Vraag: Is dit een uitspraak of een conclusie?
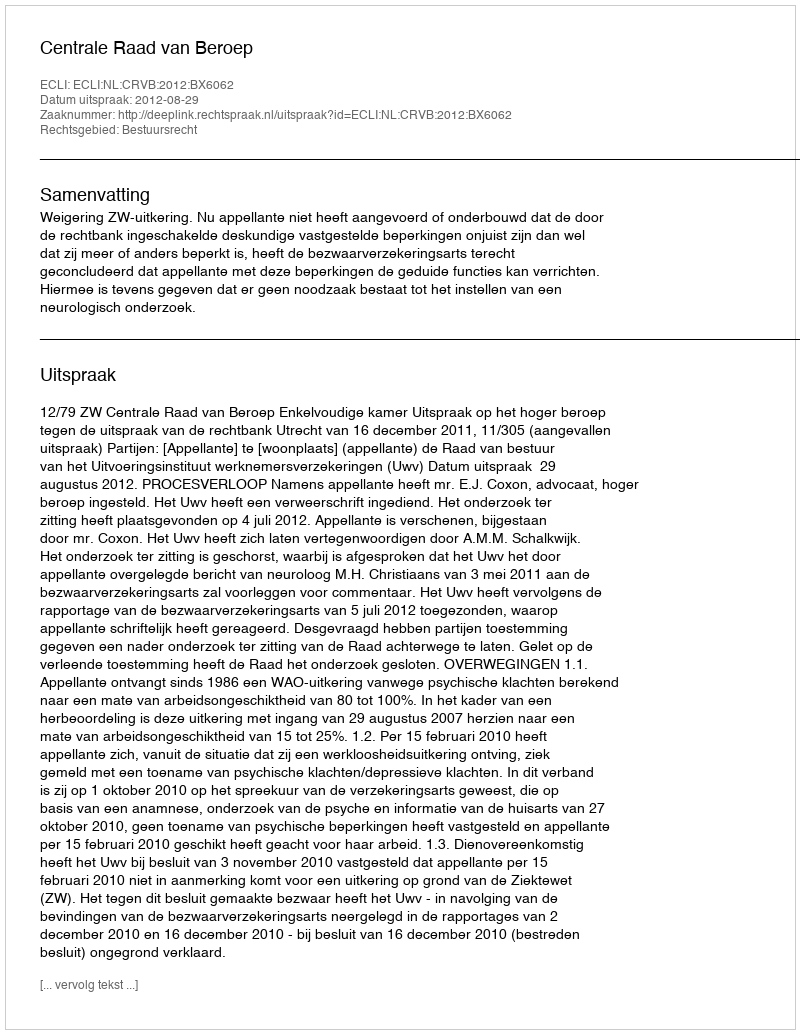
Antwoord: Uitspraak